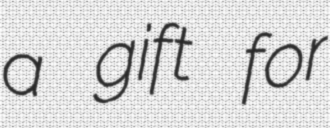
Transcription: a gift for